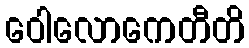
ဝေါလောကေတီတိ